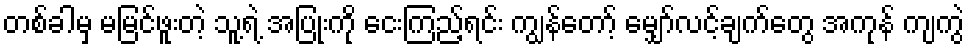
တစ်ခါမှ မမြင်ဖူးတဲ့ သူ့ရဲ့ အပြုံးကို ငေးကြည့်ရင်း ကျွန်တော့် မျှော်လင့်ချက်တွေ အကုန် ကျကွဲ